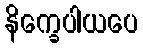
နိက္ခေပါယပေ